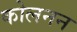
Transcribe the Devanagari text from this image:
कोलनन